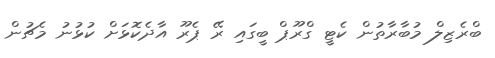
ބްރެޒިލް މުބާރާތުން ކެޓީ ގްރޫޕް ބީގައި ރޭ ޕެރޫ އާދެކޮޅަށް ކުޅުނު މެޗުން